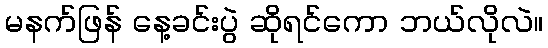
မနက်ဖြန် နေ့ခင်းပွဲ ဆိုရင်ကော ဘယ်လိုလဲ။